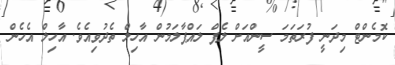
ކޮމެންޓް މިދަނީ ފުރަތަމަ ސީންއަށް ލެޕް ލައްޕާލަމުން އާހިލް ތެދުވިއެވެ. އާހިލް އެހެން